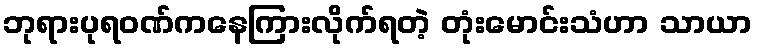
ဘုရားပုရဝဏ်ကနေကြားလိုက်ရတဲ့ တုံးမောင်းသံဟာ သာယာ